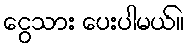
ငွေသား ပေးပါမယ်။